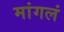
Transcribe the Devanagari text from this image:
मांगलं